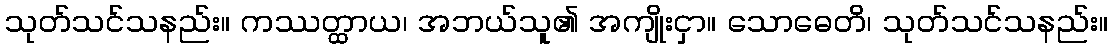
သုတ်သင်သနည်း။ ကဿတ္ထာယ၊ အဘယ်သူ၏ အကျိုးငှာ။ သောဓေတိ၊ သုတ်သင်သနည်း။